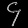
Digit: ၄